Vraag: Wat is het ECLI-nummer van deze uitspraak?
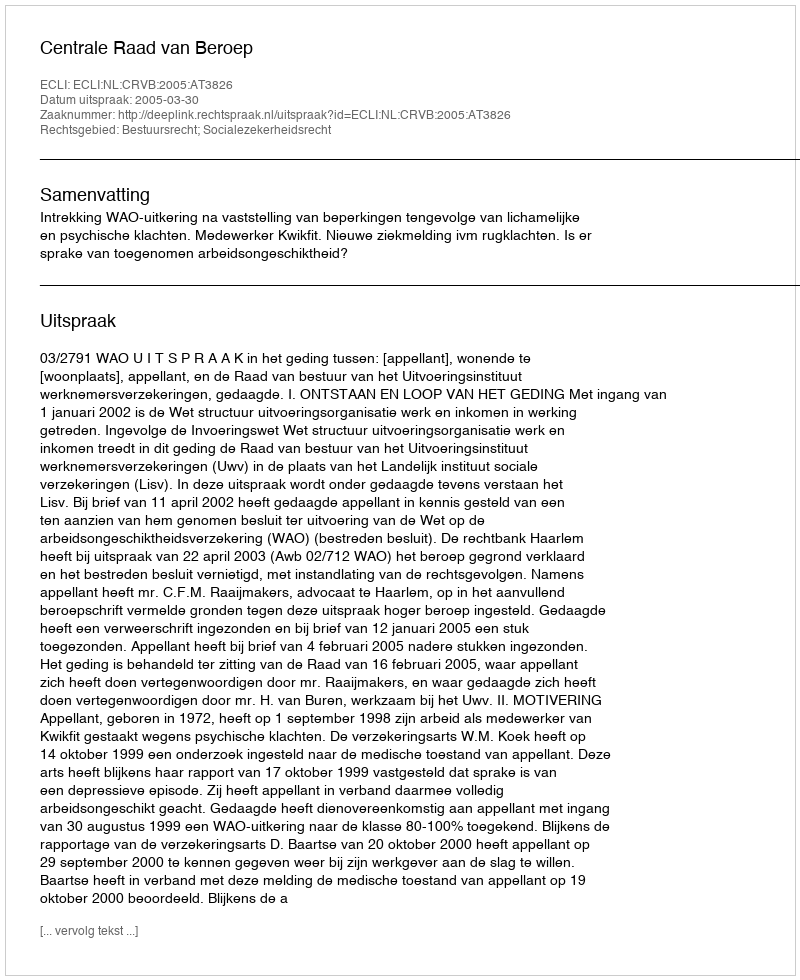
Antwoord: ECLI:NL:CRVB:2005:AT3826